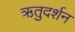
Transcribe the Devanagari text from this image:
ऋतुदर्शन